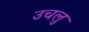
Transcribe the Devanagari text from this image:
उचलु